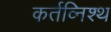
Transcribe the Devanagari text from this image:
कर्तव्निश्थ